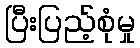
ပြီးပြည့်စုံမှု